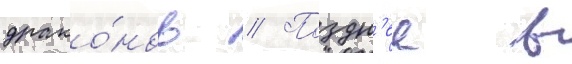
драко́нов // Поздн'ее в